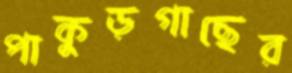
পাকুড়গাছের